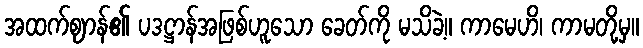
အထက်ဈာန်၏ ပဒဋ္ဌာန်အဖြစ်ဟူသော ခေတ်ကို မသိခဲ့။ ကာမေဟိ၊ ကာမတို့မှ။